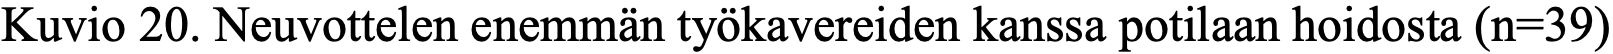
Kuvio 20. Neuvottelen enemmän työkavereiden kanssa potilaan hoidosta (n=39)